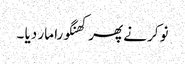
نوکر نے پھر کھنگورا مار دیا ۔